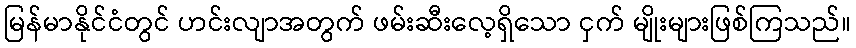
မြန်မာနိုင်ငံတွင် ဟင်းလျာအတွက် ဖမ်းဆီးလေ့ရှိသော ငှက် မျိုးများဖြစ်ကြသည်။